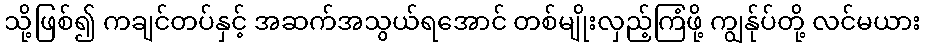
သို့ဖြစ်၍ ကချင်တပ်နှင့် အဆက်အသွယ်ရအောင် တစ်မျိုးလှည့်ကြံဖို့ ကျွန်ုပ်တို့ လင်မယား